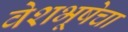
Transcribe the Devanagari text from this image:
वेशभूषेचा